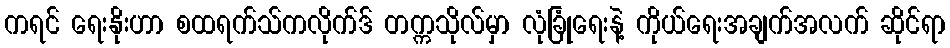
ကရင် ရေးနိုးဟာ စထရက်သ်ကလိုက်ဒ် တက္ကသိုလ်မှာ လုံခြုံရေးနဲ့ ကိုယ်ရေးအချက်အလက် ဆိုင်ရာ